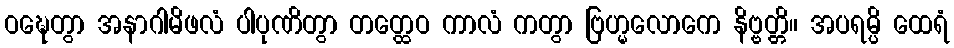
ဝဍ္ဎေတွာ အနာဂါမိဖလံ ပါပုဏိတွာ တတ္ထေဝ ကာလံ ကတွာ ဗြဟ္မလောကေ နိဗ္ဗတ္တိ။ အပရမ္ပိ ထေရံ